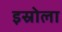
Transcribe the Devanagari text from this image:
इस्रोला